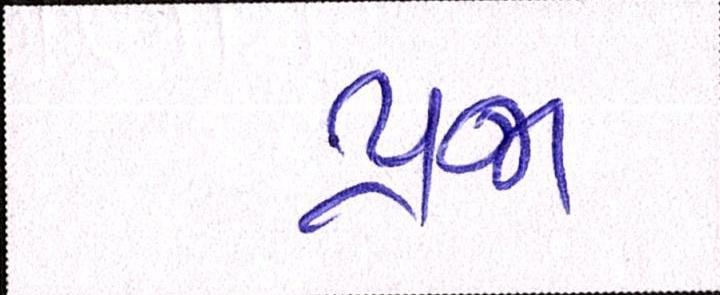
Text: પ્રજા